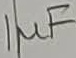
Text: 1µF